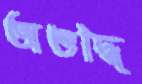
অশুদ্ধি